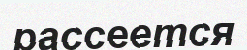
рассеется